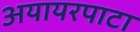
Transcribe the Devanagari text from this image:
अयायरपाटा